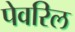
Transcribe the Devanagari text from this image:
पेवरिल